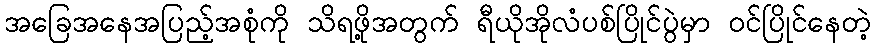
အခြေအနေအပြည့်အစုံကို သိရဖို့အတွက် ရီယိုအိုလံပစ်ပြိုင်ပွဲမှာ ဝင်ပြိုင်နေတဲ့